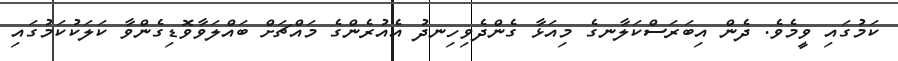
ކަމުގައި ވީމެވެ. ދެން އިބަރަސްކަލާނގެ މިއަޅާ ގެންދެވިހިނދު އެއުރެންގެ މައްޗަށް ބައްލަވާވޮޑިގެންވާ ކަލަކުކަމުގައި